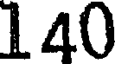
140